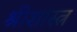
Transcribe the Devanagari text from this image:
श्रीशास्त्र